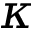
\kappa